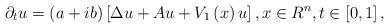
LaTeX: \begin{align*}\partial _{t}u=\left( a+ib\right) \left[ \Delta u+Au+V_{1}\left( x\right) u\right] ,x\in R^{n},t\in \left[ 0,1\right] , \end{align*}